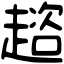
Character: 趦